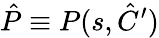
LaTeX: \hat{P}\equiv P(s,\hat{C}^{\prime})